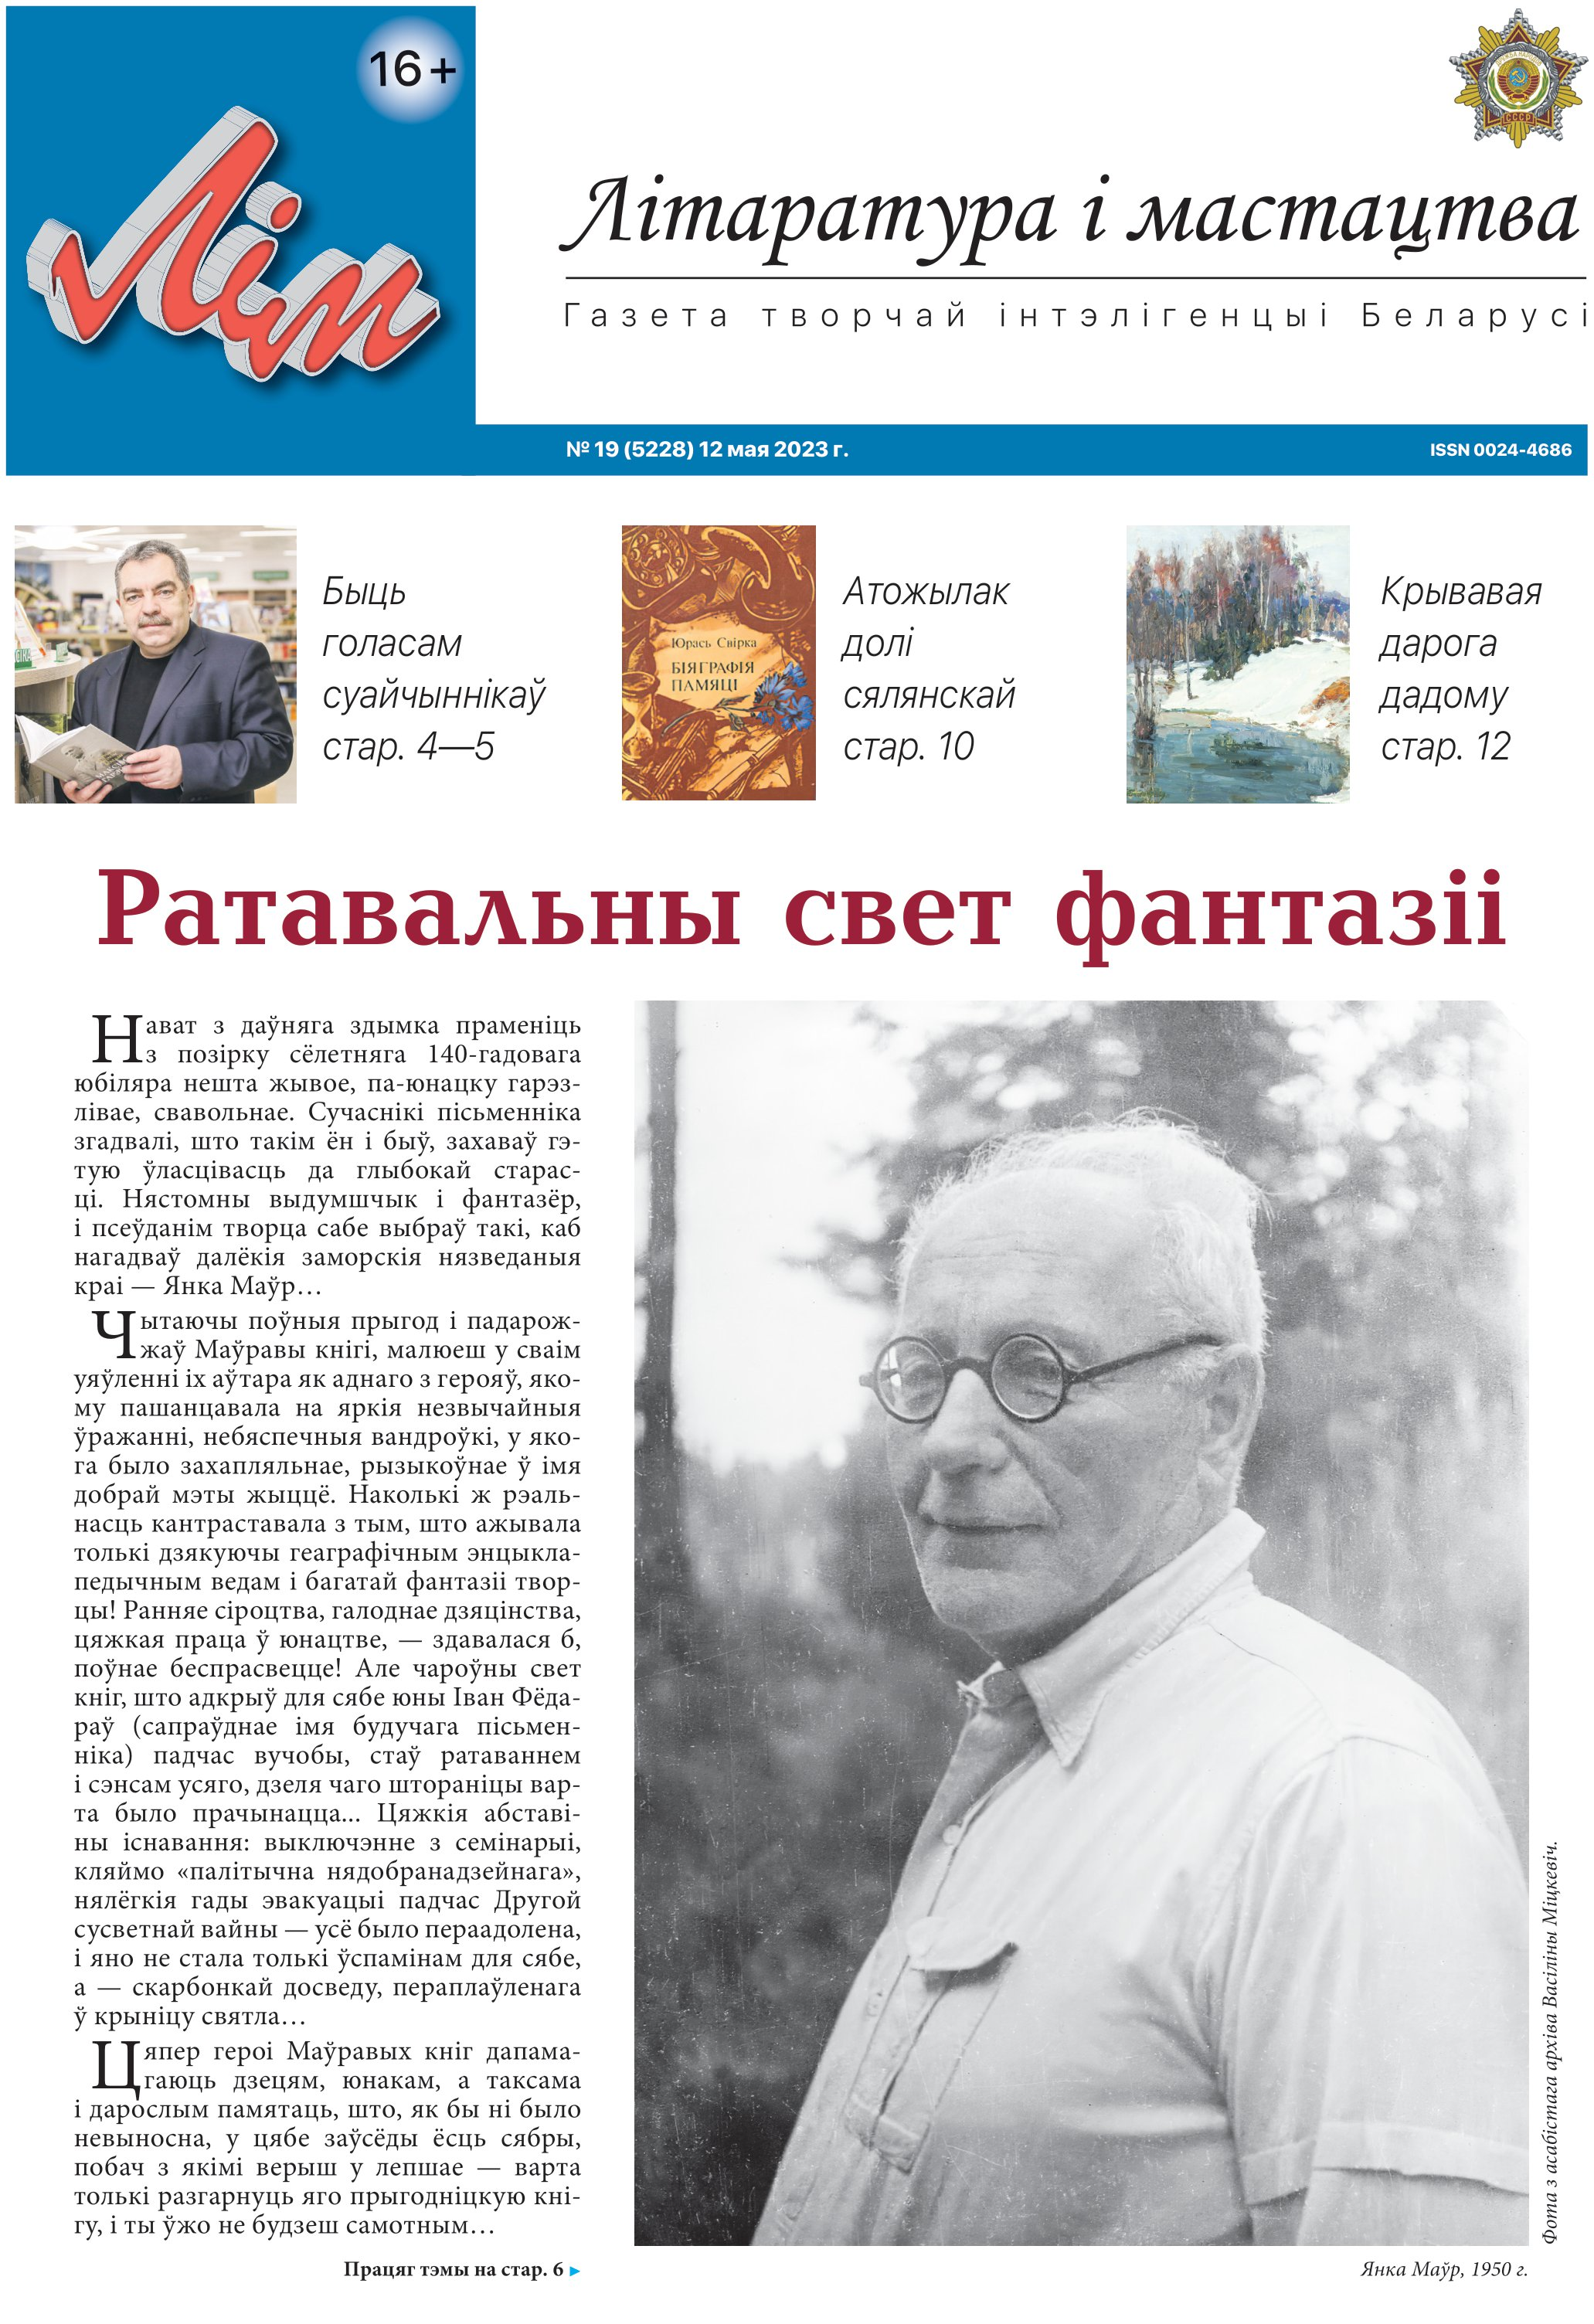
Language: be